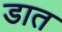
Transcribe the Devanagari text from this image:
डात